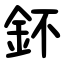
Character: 鈈